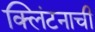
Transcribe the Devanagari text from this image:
क्लिंटनाची